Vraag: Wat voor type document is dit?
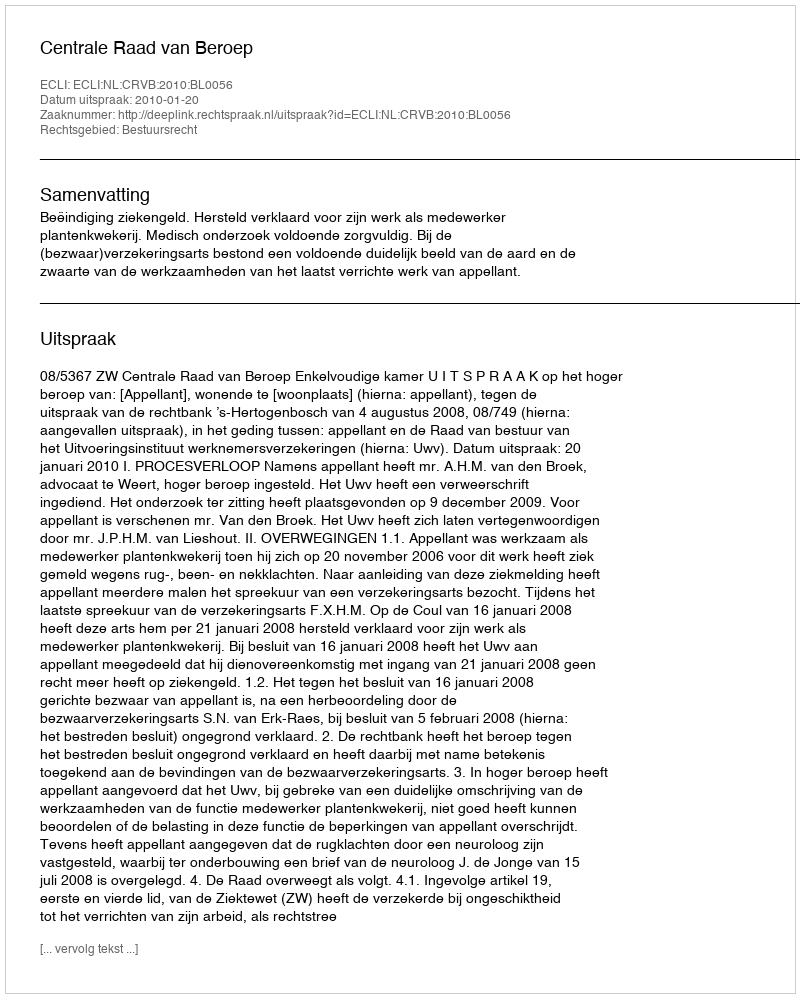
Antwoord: Uitspraak